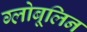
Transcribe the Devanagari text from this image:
ग्लोबूलिन